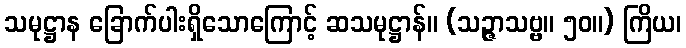
သမုဋ္ဌာန ခြောက်ပါးရှိသောကြောင့် ဆသမုဋ္ဌာန်။ (သဉ္ဇာသဗ္ဗ။ ၅၀။) ကြိယ၊